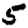
Digit: 5